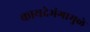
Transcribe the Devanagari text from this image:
कायदेभंगामुळे